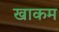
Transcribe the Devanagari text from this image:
खाकम